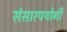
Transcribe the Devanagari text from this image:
संसारपयोगी